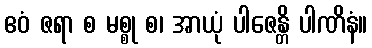
ဧဝံ ဇရာ စ မစ္စု စ၊ အာယုံ ပါဇေန္တိ ပါဏိနံ။